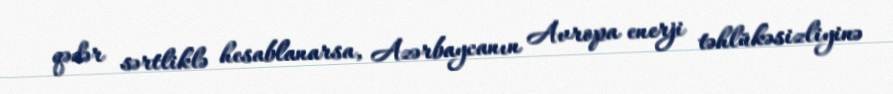
qədər sərtliklə hesablanarsa, Azərbaycanın Avropa enerji təhlükəsizliyinə